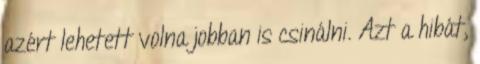
azért lehetett volna jobban is csinálni. Azt a hibát,